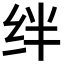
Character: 绊